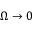
\Omega \rightarrow 0